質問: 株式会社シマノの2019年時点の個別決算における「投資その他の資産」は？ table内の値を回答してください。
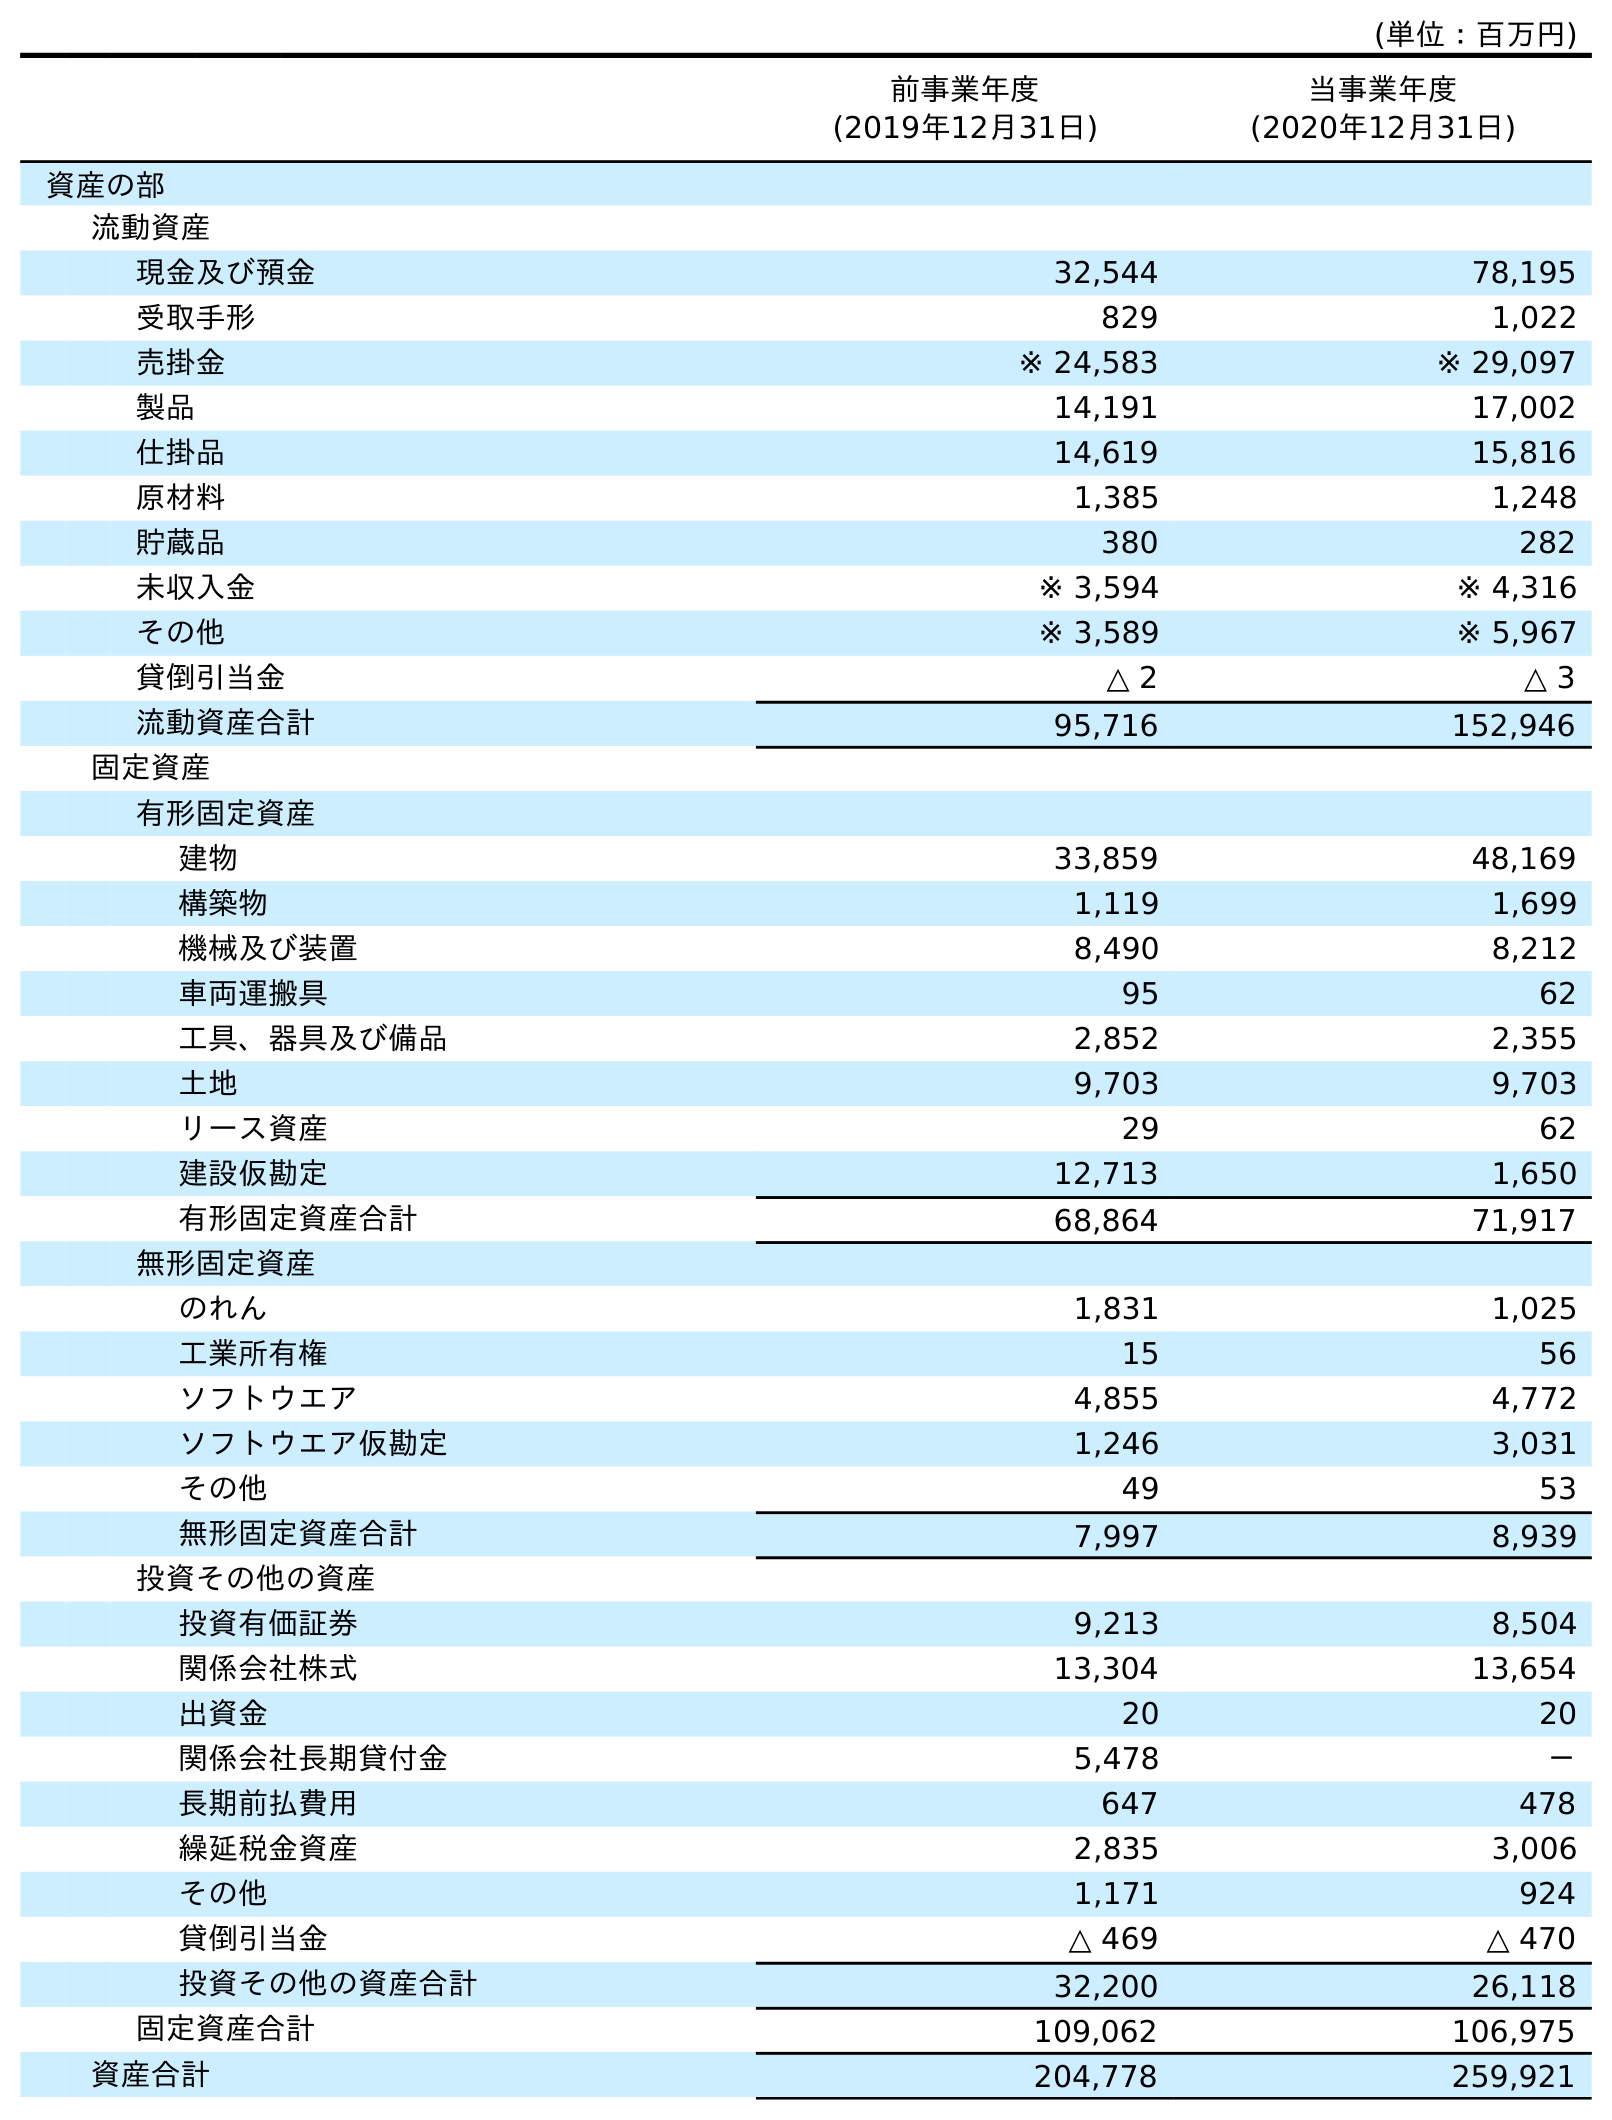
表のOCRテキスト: (単位：百万円) 前事業年度 (2019年12月31日) 当事業年度 (2020年12月31日) 資産の部 流動資産 現金及び預金 32,544 78,195 受取手形 829 1,022 売掛金 ※ 24,583 ※ 29,097 製品 14,191 17,002 仕掛品 14,619 15,816 原材料 1,385 1,248 貯蔵品 380 282 未収入金 ※ 3,594 ※ 4,316 その他 ※ 3,589 ※ 5,967 貸倒引当金 △ 2 △ 3 流動資産合計 95,716 152,946 固定資産 有形固定資産 建物 33,859 48,169 構築物 1,119 1,699 機械及び装置 8,490 8,212 車両運搬具 95 62 工具、器具及び備品 2,852 2,355 土地 9,703 9,703 リース資産 29 62 建設仮勘定 12,713 1,650 有形固定資産合計 68,864 71,917 無形固定資産 のれん 1,831 1,025 工業所有権 15 56 ソフトウエア 4,855 4,772 ソフトウエア仮勘定 1,246 3,031 その他 49 53 無形固定資産合計 7,997 8,939 投資その他の資産 投資有価証券 9,213 8,504 関係会社株式 13,304 13,654 出資金 20 20 関係会社長期貸付金 5,478 － 長期前払費用 647 478 繰延税金資産 2,835 3,006 その他 1,171 924 貸倒引当金 △ 469 △ 470 投資その他の資産合計 32,200 26,118 固定資産合計 109,062 106,975 資産合計 204,778 259,921
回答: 32,200